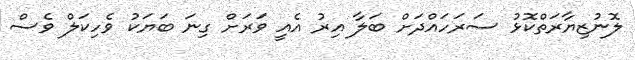
ލޮނުޒިޔާރަތްކޮޅު ސަރަހައްދަށް ބަލާ އިރު އެއީ ވަރަށް ގިނަ ބަޔަކު ވެހިކަލް ވެސް